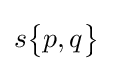
s{\begin{Bmatrix}p,q\end{Bmatrix}}